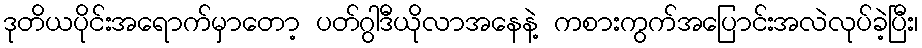
ဒုတိယပိုင်းအရောက်မှာတော့ ပတ်ဂွါဒီယိုလာအနေနဲ့ ကစားကွက်အပြောင်းအလဲလုပ်ခဲ့ပြီး၊